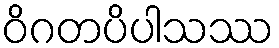
ဝိဂတပိပါသဿ